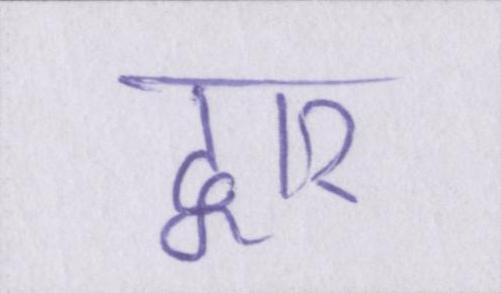
द्वार